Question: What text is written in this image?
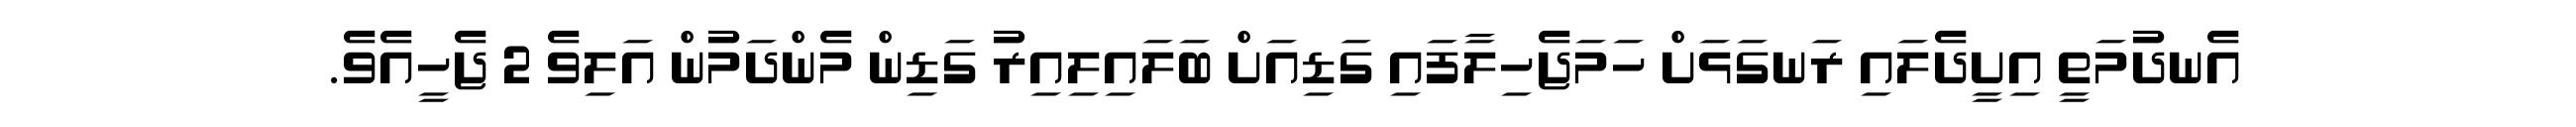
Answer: އެނދުމަތީ އިށީދެލައި ރަނގަޅަށް ހަމަޖެހިލާފައި ގަޑިއަށް ބަލައިލިއިރު ގަޑިން މެންދަމުން އަލިވެ 2 ޖެހީއެވެ.